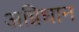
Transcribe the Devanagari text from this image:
अग्निधान